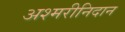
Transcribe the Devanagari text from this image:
अश्मरीनिदान